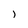
Character: l